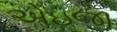
એઇજી